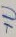
Text: +U